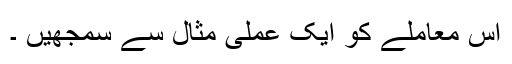
اس معاملے کو ایک عملی مثال سے سمجھیں ۔